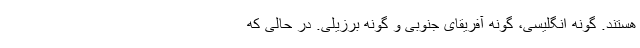
هستند. گونه انگلیسی، گونه آفریقای جنوبی و گونه برزیلی. در حالی که